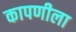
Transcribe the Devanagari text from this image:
कापणीला